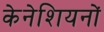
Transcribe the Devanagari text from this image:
केनेशियनों